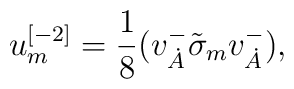
u^{{ [-2]}}_{{ m}} = {{ 1}\over { 8}} (v^{{-}}_{\dot A}\tilde{\sigma} _{{m}}v^{{-}}_{{\dot A}}) ,